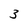
Character: 3